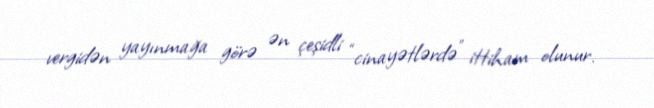
vergidən yayınmağa görə ən çeşidli “cinayətlərdə” ittiham olunur.